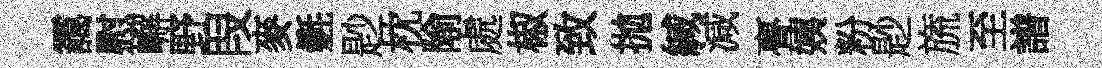
靄慰嶰野叚麥氎尟枕隃處椒致拋緘減亹姨粉尟旒至譜